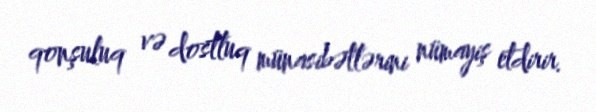
qonşuluq və dostluq münasibətlərini nümayiş etdirir.